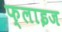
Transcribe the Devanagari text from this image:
फ्लाइज